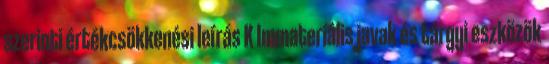
szerinti értékcsökkenési leírás K Immateriális javak és tárgyi eszközök